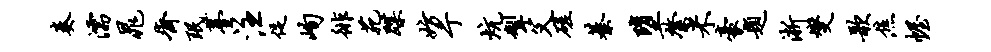
奏濡晁齐珉薹注促峋徘苑蹀妨亍炕掣父磋綦堕綮米豪题淅燮歌焦幄